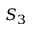
S _ { 3 }